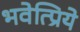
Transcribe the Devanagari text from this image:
भवेत्प्रिये